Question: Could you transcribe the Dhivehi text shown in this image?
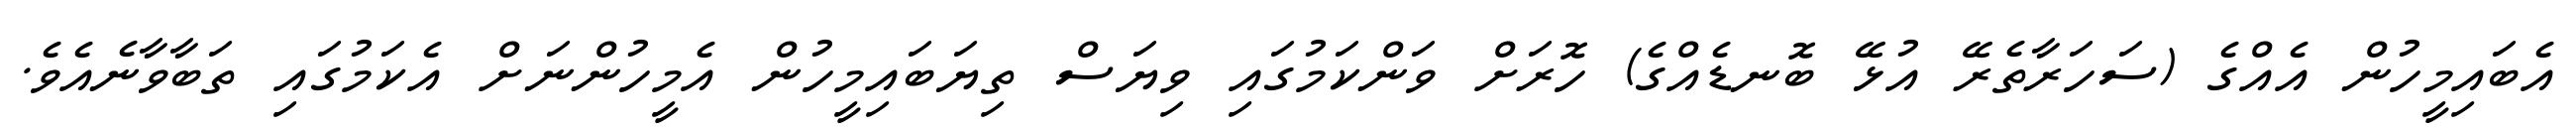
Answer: އެބައިމީހުން އެއްގެ (ސަހަރާތެރޭ އުޅޭ ބޮނޑެއްގެ) ހޮރަށް ވަންކަމުގައި ވިޔަސް ތިޔަބައިމީހުން އެމީހުންނަށް އެކަމުގައި ތަބާވާނެއެވެ.